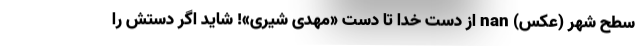
سطح شهر (عکس) nan از دست خدا تا دست «مهدی شیری»! شاید اگر دستش را